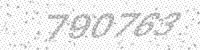
Solution: 790763